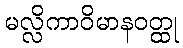
မလ္လိကာဝိမာနဝတ္ထု